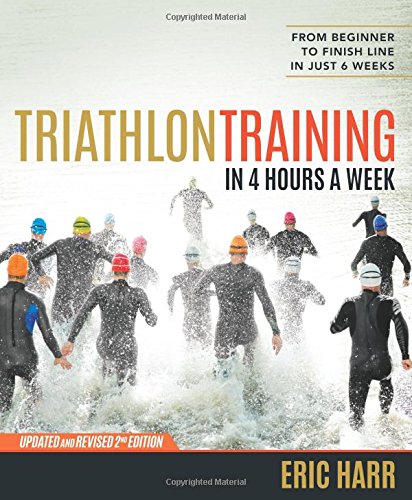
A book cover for Triathlon Training in 4 Hours a Week: From Beginner to Finish Line in Just 6 Weeks; Eric Harr; Health, Fitness & Dieting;